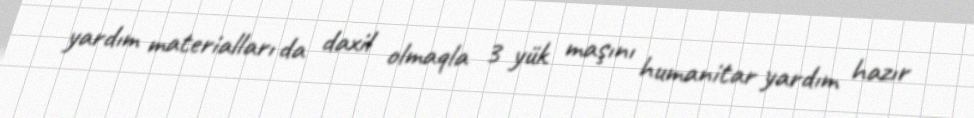
yardım materialları da daxil olmaqla 3 yük maşını humanitar yardım hazır